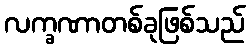
လက္ခဏာတစ်ခုဖြစ်သည်